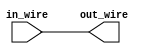
module repeater (
    input wire in_wire,
    output wire out_wire
);

assign out_wire = in_wire;

endmodule

module inverter (
    input wire in_wire,
    output wire out_wire
);

assign out_wire = ~in_wire;

endmodule